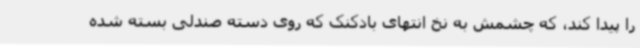
را پیدا کند، که چشمش به نخ انتهای بادکنک که روی دسته صندلی بسته شده